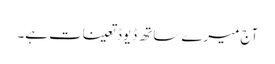
آج میرے ساتھ ڈیوڈ تعینات ہے۔